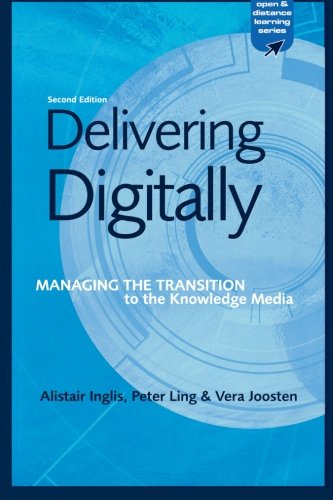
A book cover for Delivering Digitally: Managing the Transition to the New Knowledge Media (Open and Distance Learning); Alastair Inglis; Computers & Technology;